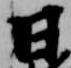
日